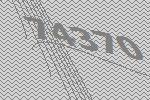
74370